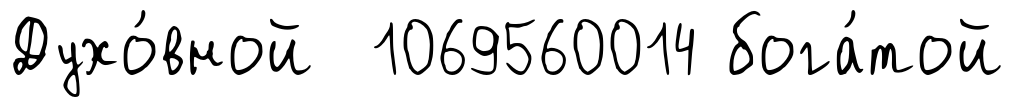
Духо́вной 1069560014 бога́той